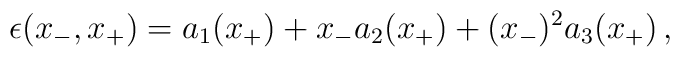
\epsilon (x_-,x_+)=a_1(x_+)+x_-a_2(x_+)+(x_-)^2a_3(x_+)\, ,